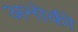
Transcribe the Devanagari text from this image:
अनोकी